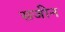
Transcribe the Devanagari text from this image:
सजीन